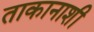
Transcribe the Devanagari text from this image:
ताकानाशी